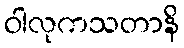
ဝါလုကသတာနိ